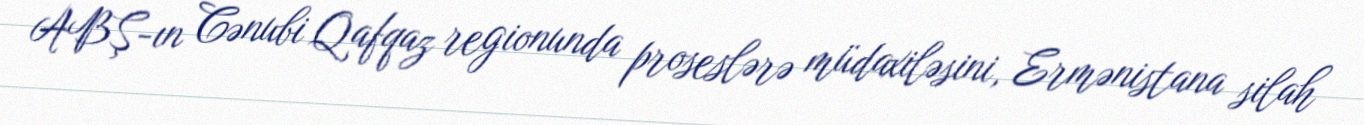
ABŞ-ın Cənubi Qafqaz regionunda proseslərə müdaxiləsini, Ermənistana silah